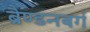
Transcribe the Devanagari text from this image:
ब्रैण्डनबर्ग